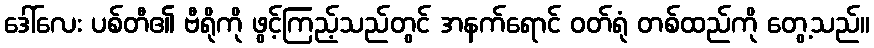
ဒေါ်လေး ပစ်တီ၏ ဗီရိုကို ဖွင့်ကြည့်သည်တွင် အနက်ရောင် ဝတ်ရုံ တစ်ထည်ကို တွေ့သည်။